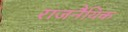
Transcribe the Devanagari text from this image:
राजनैयिक